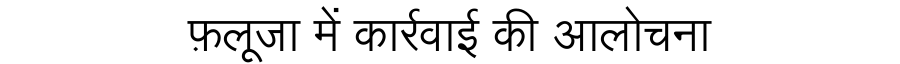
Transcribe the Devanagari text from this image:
फ़लूजा में कार्रवाई की आलोचना